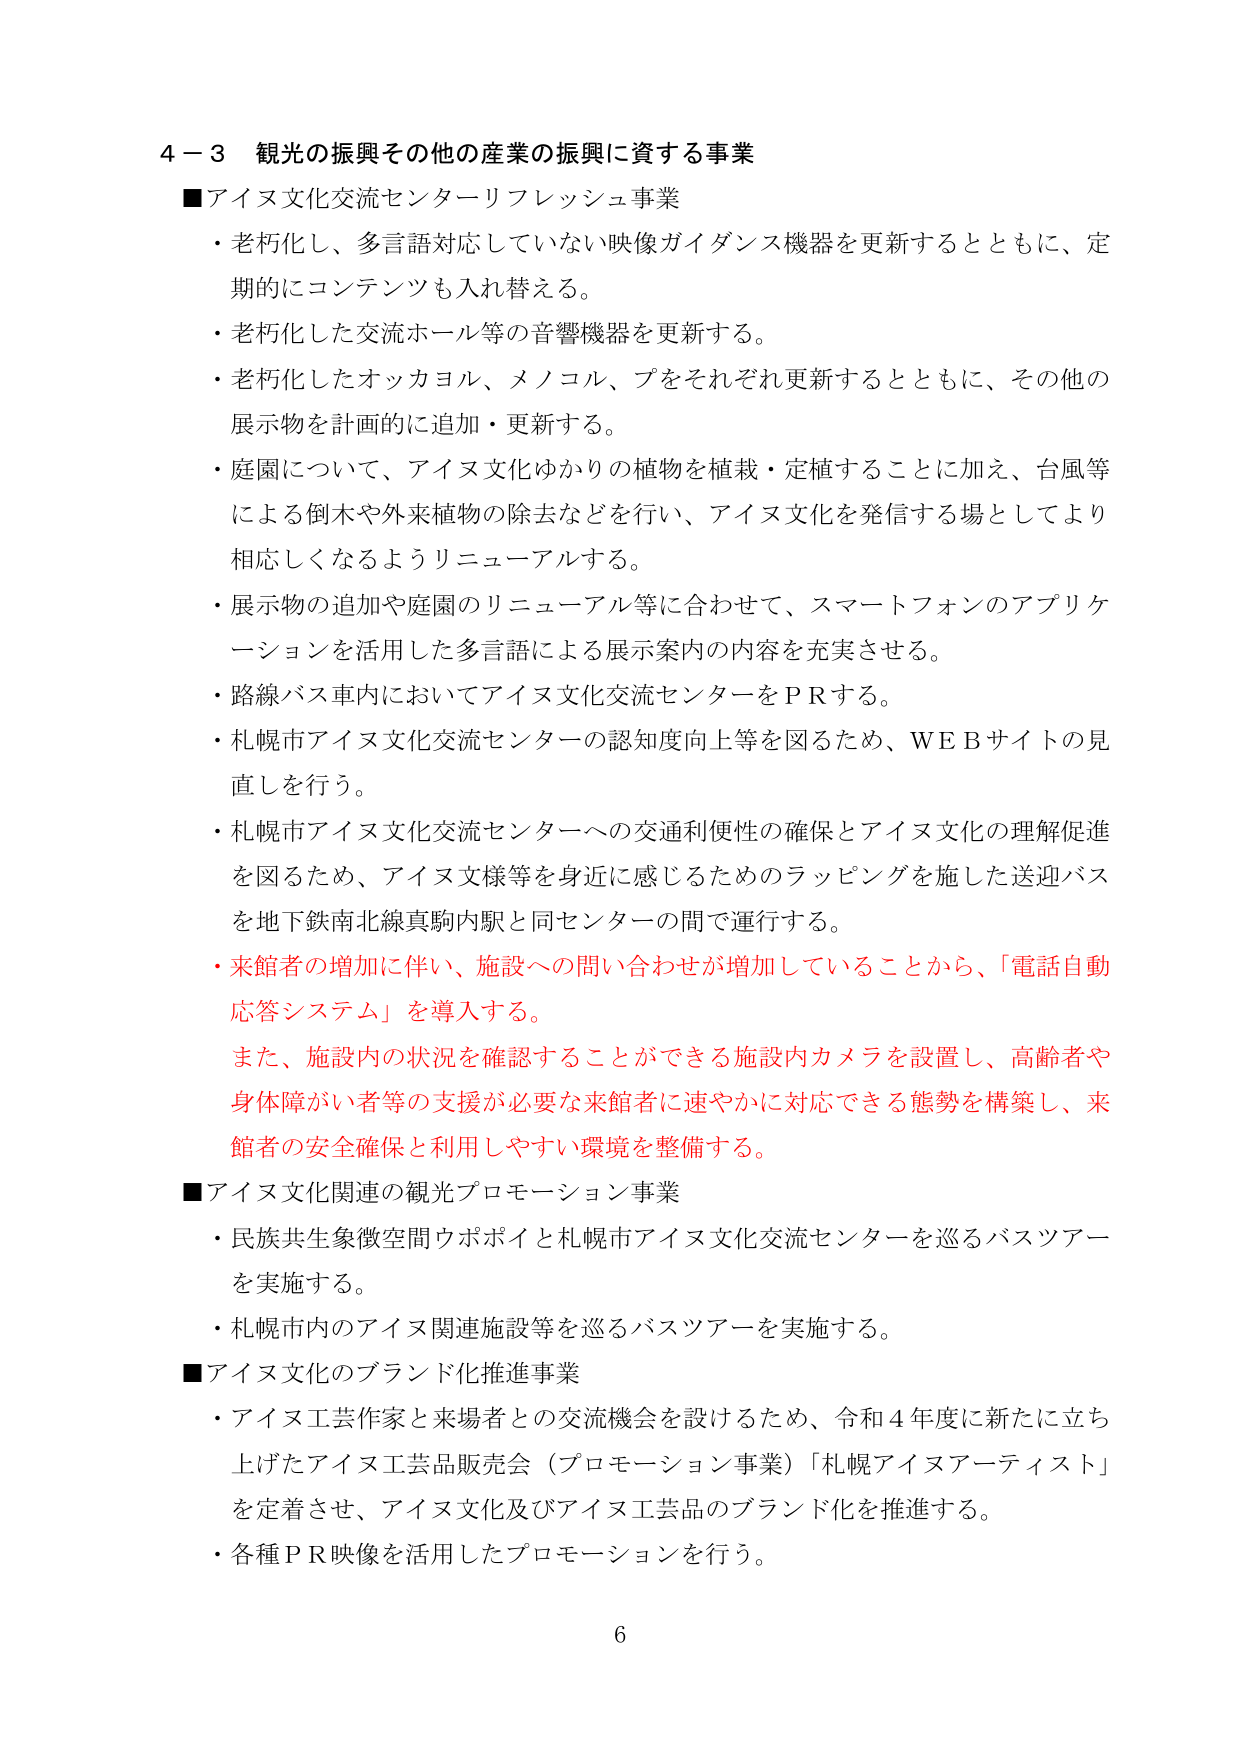
4－3 観光の振興その他 の産業の振興に資する事業
■アイヌ文化交流センターリフレッシュ事業
・老朽化し、多言語対応していない映像ガイダンス機器を更新するとともに、定期的にコンテンツも入れ替える。
・老朽化した交流ホール等の音響機器を更新する。
・老朽化したオッカヨル、メノコル、ブをそれぞれ更新するとともに、その他の展示物を計画的に追加・更新する。
・庭園について、アイヌ文化ゆかりの植物を植栽・定植することに加え、台風等による倒木や外来植物の除去などを行い、アイヌ文化を発信する場としてより相応しくなるようリニューアルする。
・展示物の追加や庭園のリニューアル等に合わせて、スマートフォンのアプリケーションを活用した多言語による展示案内の内容を充実させる。
・路線バス車内においてアイヌ文化交流センターをPRする。
・札幌市アイヌ文化交流センターの認知度向上等を図るため、WEBサイトの見直しを行う。
・札幌市アイヌ文化交流センターへの交通利便性の確保とアイヌ文化の理解促進を図るため、アイヌ文様等を身近に感じるためのラッピングを施した送迎バスを地下鉄南北線真駒内駅と同センターの間で運行する。
・来館者の増加に伴い、施設への問い合わせが増加していることから、「電話自動応答システム」を導入する。
また、施設内の状況を確認することができる施設内カメラを設置し、高齢者や身体障がい者等の支援が必要な来館者に速やかに対応できる態勢を構築し、来館者の安全確保と利用しやすい環境を整備する。
■アイヌ文化関連の観光プロモーション事業
・民族共生象徴空間ウポポイと札幌市アイヌ文化交流センターを巡るバスツアーを実施する。
・札幌市内のアイヌ関連施設等を巡るバスツアーを実施する。
■アイヌ文化のブランド化推進事業
・アイヌ工芸作家と来場者との交流機会を設けるため、令和4年度に新たに立ち上げたアイヌ工芸品販売会（プロモーション事業）「札幌アイヌアーティスト」を定着させ、アイヌ文化及びアイヌ工芸品のブランド化を推進する。
・各種PR映像を活用したプロモーションを行う。
6